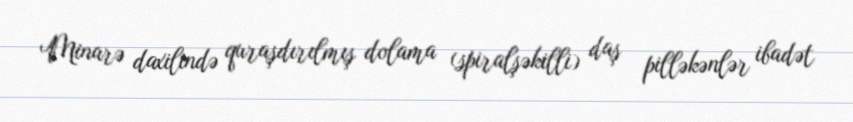
Minarə daxilində quraşdırılmış dolama (spiralşəkilli) daş pilləkənlər ibadət